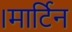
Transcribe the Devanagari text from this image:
।मार्टिन